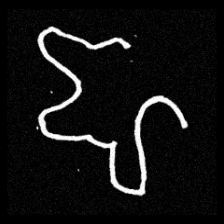
Pyu character \u2014 Myanmar letter: ဈ (romanized: jha)